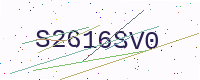
Text: S2616SV0